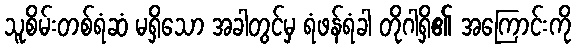
သူစိမ်းတစ်ရံဆံ မရှိသော အခါတွင်မှ ရံဖန်ရံခါ တိုဂါရှိ၏ အကြောင်းကို